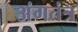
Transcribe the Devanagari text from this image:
अंगतंत्र